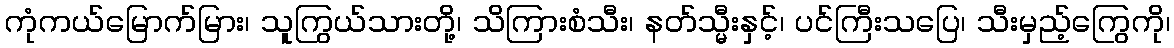
ကုံကယ်မြောက်မြား၊ သူကြွယ်သားတို့၊ သိကြားစံသီး၊ နတ်သ္မီးနှင့်၊ ပင်ကြီးသပြေ၊ သီးမှည့်ကြွေကို၊